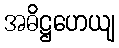
အဓိဋ္ဌဟေယျ